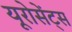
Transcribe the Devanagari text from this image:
यूरोसेंट्स